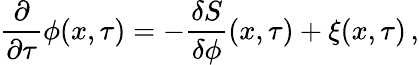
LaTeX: \frac{\partial}{\partial\tau}\phi(x,\tau)=-\frac{\delta S}{\delta\phi}(x,\tau)+\xi(x,\tau)\, ,